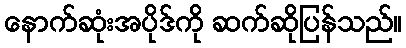
နောက်ဆုံးအပိုဒ်ကို ဆက်ဆိုပြန်သည်။